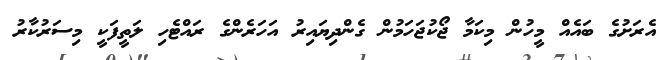
އެރަށުގެ ބައެއް މީހުން މިކަމާ ޖޯކުޖަހަމުން ގެންދިޔައިރު އަހަރެންގެ ރައްޓެހި ލަތީފަކީ މިސަރުކާރު